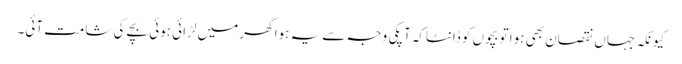
کیونکہ جہاں نقصان بھی ہوا تو بچوں کو ڈانٹاکہ آپکی وجہ سے یہ ہوا گھر میں لڑائی ہوئی بچے کی شامت آئی۔